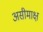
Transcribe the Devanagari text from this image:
असीमाक्ष